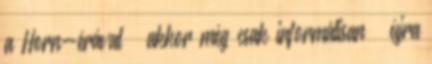
a Horn-érával – akkor még csak informálisan – újra